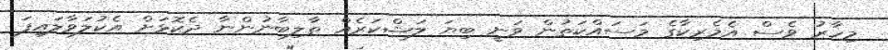
މިހާރު ވެސް އެމެރިކާގެ މަސައްކަތުން ވަނީ ބިޔަ ލަޝްކަރެއް ތާލިބާނުންނާ ދެކޮޅަށް އެކުލަވާލައިފަ